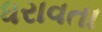
ધરાવતા